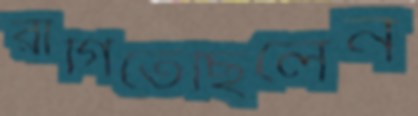
রাগিতেছিলেন